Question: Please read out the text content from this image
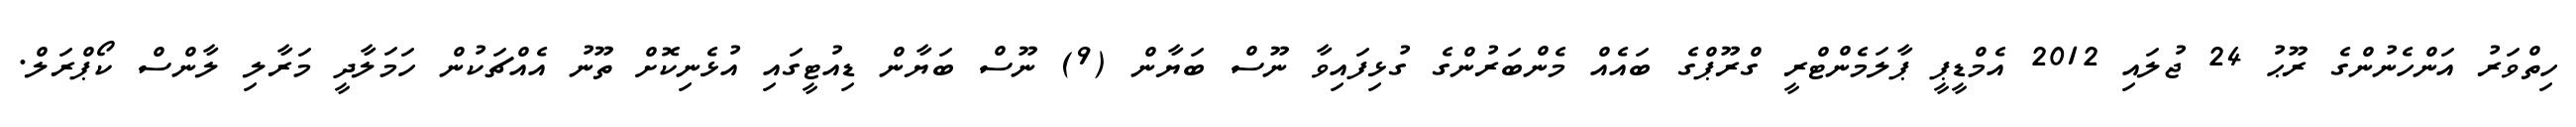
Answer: ހިތްވަރު އަންހެނުންގެ ރޫޙު 24 ޖުލައި 2012 އެމްޑީޕީ ޕާލަމެންޓްރީ ގްރޫޕްގެ ބައެއް މެންބަރުންގެ ގުޅިފައިވާ ނޫސް ބަޔާން (9) ނޫސް ބަޔާން ޑިއުޓީގައި އުޅެނިކޮށް ތޫނު އެއްޗަކުން ހަމަލާދީ މަރާލި ލާންސް ކޯޕްރަލް.